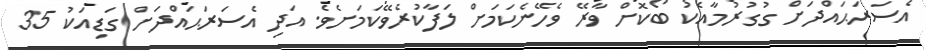
އެސަރަޙައްދަށް ގުގުރުމާއެކު ބޯކޮށް ވާރޭ ވެހޭނެކަމަށް ލަފާކުރެވޭކަމަށެވެ. އަދި އެސަރަޙައްދަށް ގަޑިއަކު 35